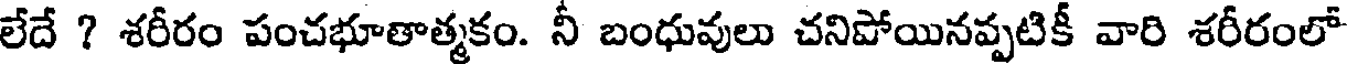
లేదే ? శరీరం పంచభూతాత్మకం. నీ బంధువులు చనిపోయినప్పటికీ వారి శరీరంలో